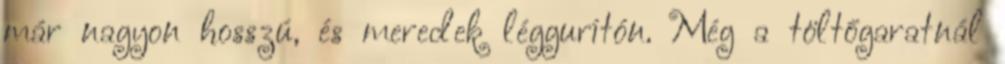
már nagyon hosszú, és meredek léggurítón. Még a töltőgaratnál